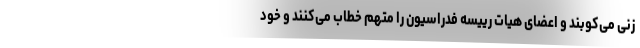
زنی می‌کوبند و اعضای هیات رییسه فدراسیون را متهم خطاب می‌کنند و خود